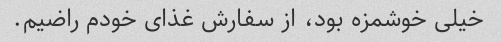
خیلی خوشمزه بود، از سفارش غذای خودم راضیم.